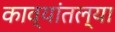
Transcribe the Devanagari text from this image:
काव्यांतल्या